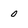
Character: 0